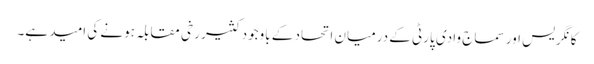
کانگریس اور سماج وادی پارٹی کے درمیان اتحاد کے باوجود کثیر رخی مقابلہ ہونے کی امید ہے۔